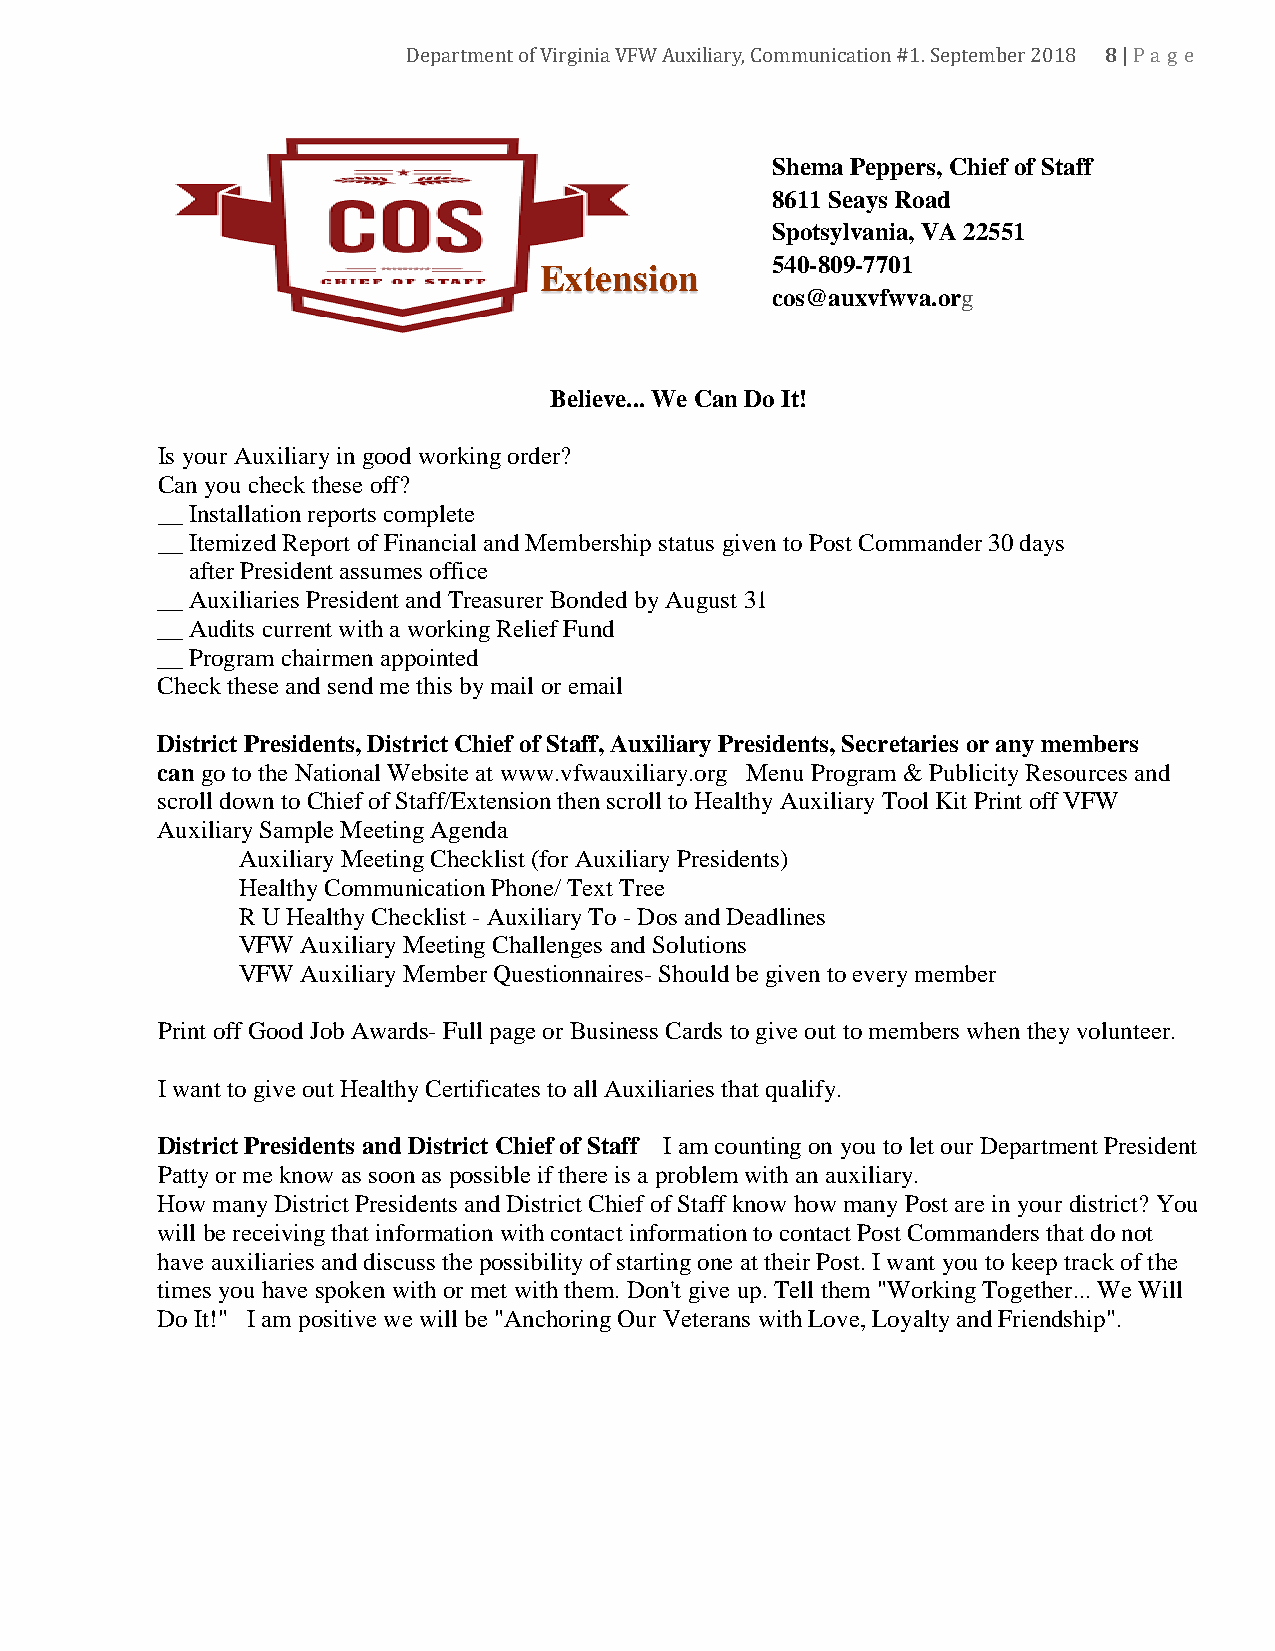
8
 Department of Virginia VFW Au xiliary, Communication #1. September 2018 |Pa ge
 Shema Peppers, Chief of Staff
 8611 Seays Road
 Spotsylvania, VA 22551
 540-809-7701
 Extension
 cos@auxvfwva.org
 Believe... We Can Do It!
 Is your Auxiliary in good working order?
 Can you check these off?
 __ Installation reports complete
 __ Itemized Report of Financial and Membership status given to Post Commander 30 days
 after President assumes office
 __ Auxiliaries President and Treasurer Bonded by August 31
 __ Audits current with a working Relief Fund
 __ Program chairmen appointed
 Check these and send me this by mail or email
 District Presidents, District Chief of Staff, Auxiliary Presidents, Secretaries or any members
 can go to the National Website at www.vfwauxiliary.org Menu Program & Publicity Resources and
 scroll down to Chief of Staff/Extension then scroll to Healthy Auxiliary Tool Kit Print off VFW
 Auxiliary Sample Meeting Agenda
 Auxiliary Meeting Checklist (for Auxiliary Presidents)
 Healthy Communication Phone/ Text Tree
 R U Healthy Checklist - Auxiliary To - Dos and Deadlines
 VFW Auxiliary Meeting Challenges and Solutions
 VFW Auxiliary Member Questionnaires- Should be given to every member
 Print off Good Job Awards- Full page or Business Cards to give out to members when they volunteer.
 I want to give out Healthy Certificates to all Auxiliaries that qualify.
 District Presidents and District Chief of Staff I am counting on you to let our Department President
 Patty or me know as soon as possible if there is a problem with an auxiliary.
 How many District Presidents and District Chief of Staff know how many Post are in your district? You
 will be receiving that information with contact information to contact Post Commanders that do not
 have auxiliaries and discuss the possibility of starting one at their Post. I want you to keep track of the
 times you have spoken with or met with them. Don't give up. Tell them "Working Together... We Will
 Do It!" I am positive we will be "Anchoring Our Veterans with Love, Loyalty and Friendship".